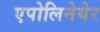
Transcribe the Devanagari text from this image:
एपोलिनेयेर